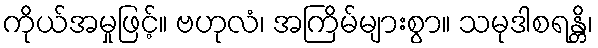
ကိုယ်အမှုဖြင့်။ ဗဟုလံ၊ အကြိမ်များစွာ။ သမုဒါစရန္တိ၊